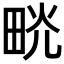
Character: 𤱦